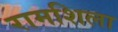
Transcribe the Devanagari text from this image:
रामशिला